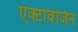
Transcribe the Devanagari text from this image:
एक्टोवेजिन